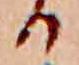
る